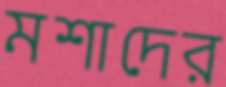
মশাদের